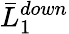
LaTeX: \bar{L}_{1}^{down}